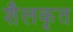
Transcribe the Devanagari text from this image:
शैलकृत